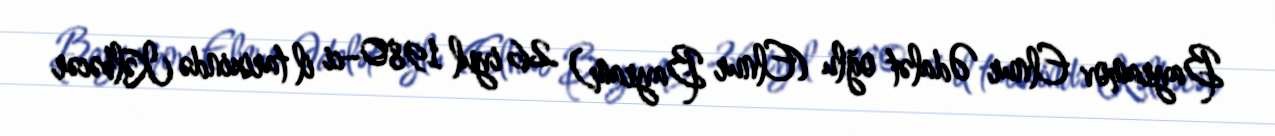
Bayramov Elnur Ədalət oğlu (Elnur Bayram) 26 iyul 1980–ci il tarixində Kəlbəcər